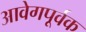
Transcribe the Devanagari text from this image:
आवेगपूर्वक